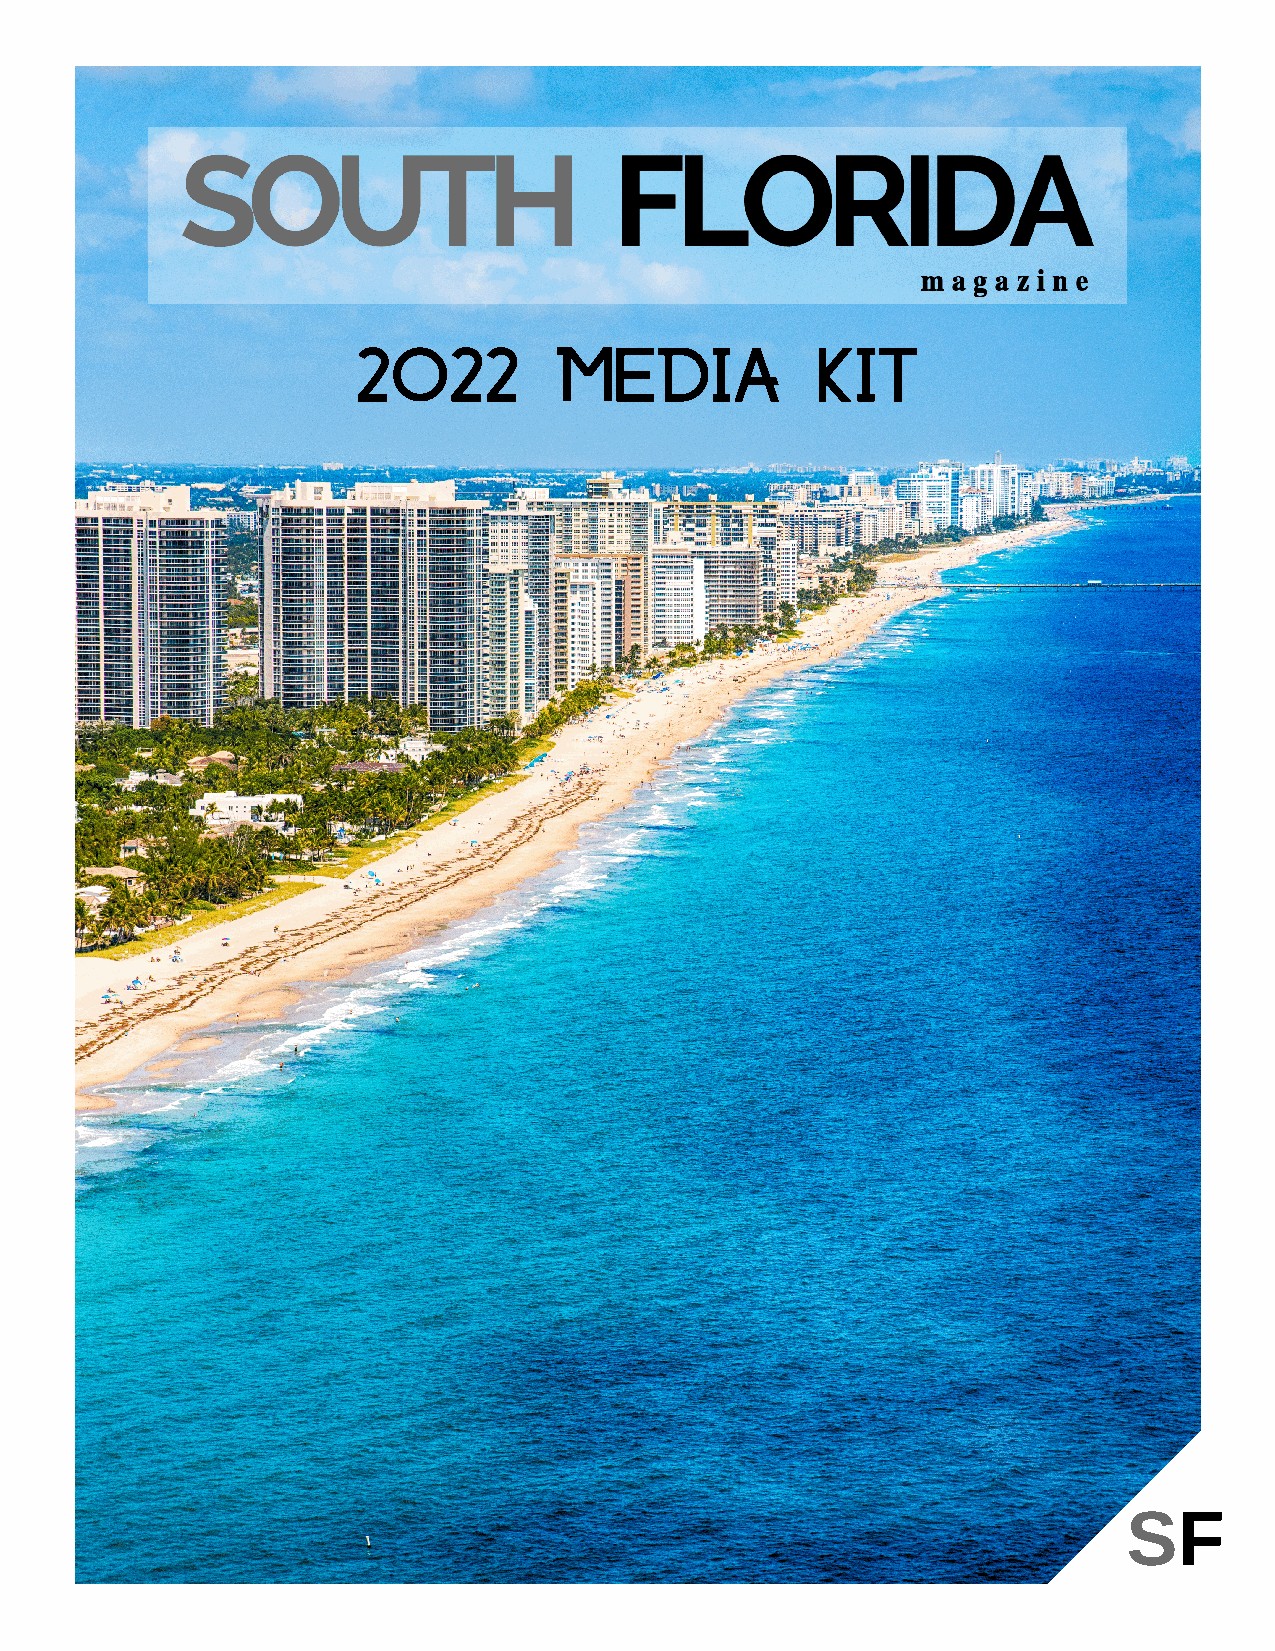
2022         media            kit
 SF